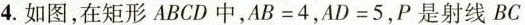
4.如图，在矩形ABCD中，$$A B = 4$$，$$A D = 5$$，P是射线BC